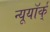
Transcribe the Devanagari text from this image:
न्यूयॉर्क्